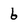
Character: 6